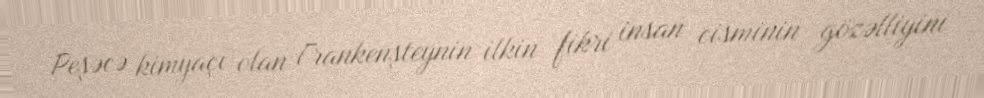
Peşəcə kimyaçı olan Frankenşteynin ilkin fikri insan cisminin gözəlliyini